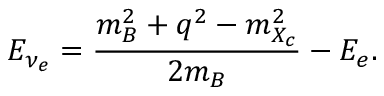
E _ { \nu _ { e } } = \frac { m _ { B } ^ { 2 } + q ^ { 2 } - m _ { X _ { c } } ^ { 2 } } { 2 m _ { B } } - E _ { e } .